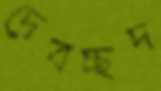
দেবচ্ছদ